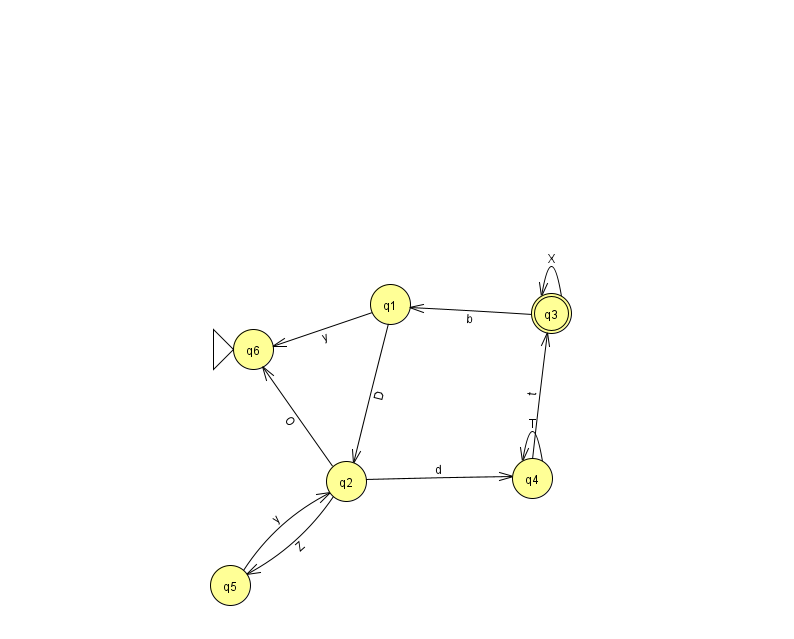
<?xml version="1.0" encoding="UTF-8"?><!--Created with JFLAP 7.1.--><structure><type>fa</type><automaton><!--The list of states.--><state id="0" name="q0"><x>891.0</x><y>50.0</y><final/></state><state id="1" name="q1"><x>390.0</x><y>291.0</y></state><state id="2" name="q2"><x>346.0</x><y>468.0</y></state><state id="3" name="q3"><x>551.0</x><y>300.0</y><final/></state><state id="4" name="q4"><x>532.0</x><y>465.0</y></state><state id="5" name="q5"><x>230.0</x><y>572.0</y></state><state id="6" name="q6"><x>253.0</x><y>336.0</y><initial/></state><!--The list of transitions.--><transition><from>0</from><to>0</to><read>p</read></transition><transition><from>1</from><to>6</to><read>y</read></transition><transition><from>2</from><to>5</to><read>Z</read></transition><transition><from>5</from><to>2</to><read>y</read></transition><transition><from>4</from><to>3</to><read>t</read></transition><transition><from>4</from><to>4</to><read>T</read></transition><transition><from>3</from><to>1</to><read>b</read></transition><transition><from>3</from><to>3</to><read>X</read></transition><transition><from>2</from><to>6</to><read>O</read></transition><transition><from>1</from><to>2</to><read>D</read></transition><transition><from>2</from><to>4</to><read>d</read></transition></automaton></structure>